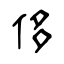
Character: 侈